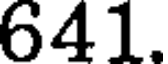
641.